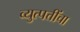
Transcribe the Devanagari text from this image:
व्युत्पत्तींचा